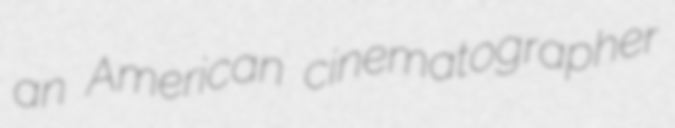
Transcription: an American cinematographer